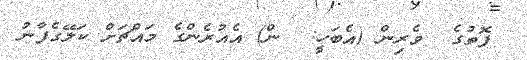
ފޮތުގެ  ވެރިން (އެބަހީ:  ން) އެއުރެންގެ މައްޗަށް ކަލޭގެފާނު